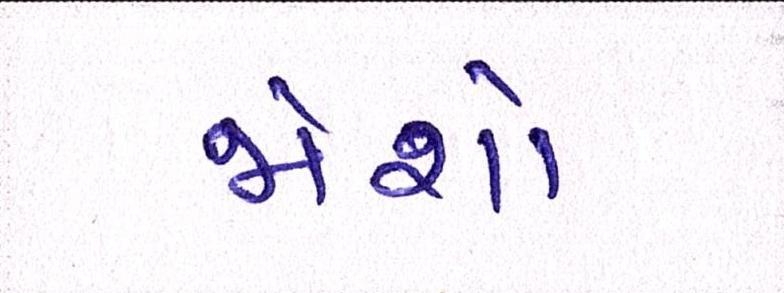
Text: જોશો